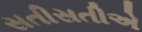
સતીસતીએ